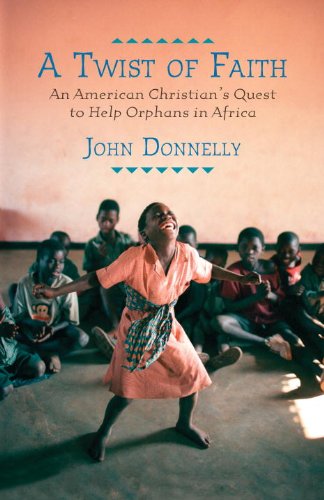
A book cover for A Twist of Faith: An American Christian's Quest to Help Orphans in Africa; John Donnelly; Business & Money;